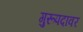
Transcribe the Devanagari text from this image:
गुरूपदावर